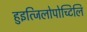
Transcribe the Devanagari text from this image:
हुइत्जिलोपोच्टिलि